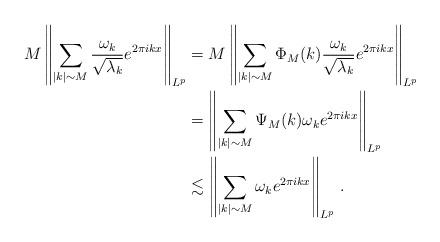
LaTeX: \begin{align*}M \left\| \sum_{|k| \sim M} \frac{\omega_k}{\sqrt{\lambda_k}} e^{2\pi i k x} \right\|_{L^p} &= M \left\| \sum_{|k| \sim M}\Phi_M(k) \frac{\omega_k}{\sqrt{\lambda_k}} e^{2\pi i k x} \right\|_{L^p} \\ &= \left\| \sum_{|k| \sim M} \Psi_M(k) \omega_k e^{2\pi i k x} \right\|_{L^p} \\&\lesssim \left\| \sum_{|k| \sim M} \omega_k e^{2\pi i k x} \right\|_{L^p}\,.\end{align*}